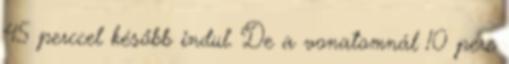
45 perccel később indul. De a vonatomnál 10 perc